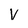
Character: V